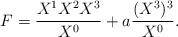
LaTeX: \begin{align*}F={{X^1X^2X^3}\over{X^0}}+a{{(X^3)^3}\over{X^0}}.\end{align*}